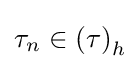
\tau _{n}\in \left(\tau \right)_{h}